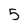
Character: 5